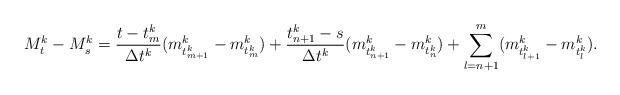
LaTeX: \begin{align*}M^k_t - M^k_s = \frac{t - t^k_m}{\Delta t^k}(m^k_{t^k_{m+1}} - m^k_{t^k_{m}}) + \frac{t^k_{n+1} - s}{\Delta t^k}(m^k_{t^k_{n+1}} - m^k_{t^k_{n}}) + \sum_{l=n+1}^{m}(m^k_{t^k_{l+1}} - m^k_{t^k_{l}}).\end{align*}